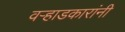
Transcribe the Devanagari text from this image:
वऱ्हाडकारांनी